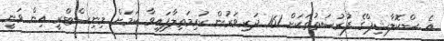
އެ ސްކޮލާޝިޕްގެ ފުރުސަތުތަކަށް 161 ދަރިވަރުން ކުރިމަތިލާފައިވާ ކަމަށް މިނިސްޓްރީ އިން ވަނީ